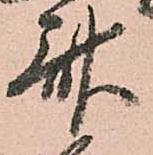
斎